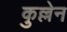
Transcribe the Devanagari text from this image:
कुल्लेन